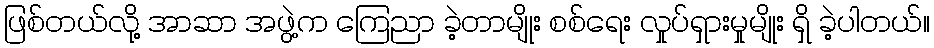
ဖြစ်တယ်လို့ အာဆာ အဖွဲ့က ကြေညာ ခဲ့တာမျိုး စစ်ရေး လှုပ်ရှားမှုမျိုး ရှိ ခဲ့ပါတယ်။